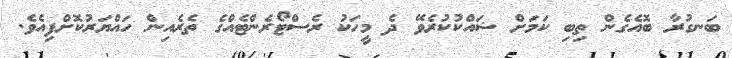
ބަނގުރާ ބޮއެގެން ތިބި ކަމަށް ޝައްކުކުރެވޭ ދެ މީހަކު ރެސްޓޯރެންޓެއްގެ ތެރެއިން ހައްޔަރުކޮށްފިއެވެ.